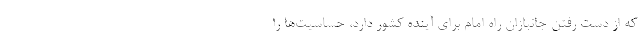
که از دست رفتن جانبازان راه امام برای آینده کشور دارد، حساسیت‌ها را